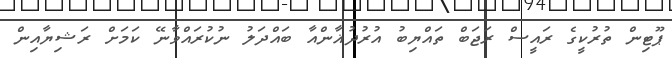
ޕޫޓިން ތުރުކީގެ ރައީސް ރަޖަބް ތައްޔިބު އުރުދުޣާންއާ ބައްދަލު ނުކުރައްވާނޭ ކަމަށް ރަޝިޔާއިން